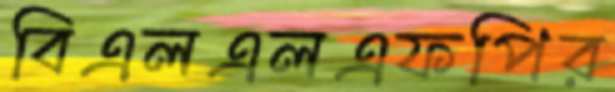
বিএলএলএফপির